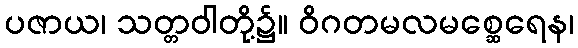
ပဇာယ၊ သတ္တဝါတို့၌။ ဝိဂတမလမစ္ဆေရေန၊